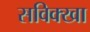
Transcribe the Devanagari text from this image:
सविक्खा